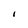
Character: I